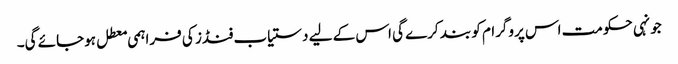
جونہی حکومت اس پروگرام کو بند کرے گی اس کے لیے دستیاب فنڈز کی فراہمی معطل ہوجائے گی۔